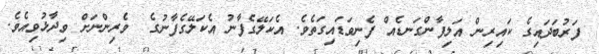
ފަރުބަދައިގެ ކައިރިން އަލިފާންގަނޑެއް ފެނިވަޑައިގަތެވެ. އެކަލޭގެފާނު އެކަލޭގެފާނުގެ  ވެރިންނަށް ވިދާޅުވިއެވެ.